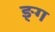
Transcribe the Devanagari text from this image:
ङ्ग